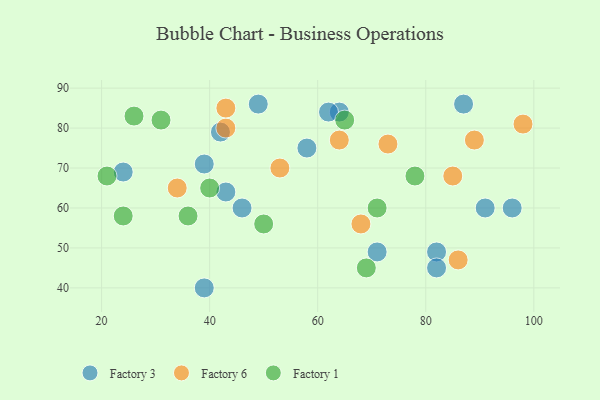
{"axis": {"x": "GDP", "y": "Life Expectancy"}, "legend": ["Factory 1", "Factory 3", "Factory 6"], "data": [{"x": "64", "y": 84, "type": "Factory 3"}, {"x": "82", "y": 49, "type": "Factory 3"}, {"x": "96", "y": 60, "type": "Factory 3"}, {"x": "42", "y": 79, "type": "Factory 3"}, {"x": "71", "y": 49, "type": "Factory 3"}, {"x": "82", "y": 45, "type": "Factory 3"}, {"x": "58", "y": 75, "type": "Factory 3"}, {"x": "91", "y": 60, "type": "Factory 3"}, {"x": "46", "y": 60, "type": "Factory 3"}, {"x": "43", "y": 64, "type": "Factory 3"}, {"x": "87", "y": 86, "type": "Factory 3"}, {"x": "49", "y": 86, "type": "Factory 3"}, {"x": "39", "y": 40, "type": "Factory 3"}, {"x": "62", "y": 84, "type": "Factory 3"}, {"x": "24", "y": 69, "type": "Factory 3"}, {"x": "39", "y": 71, "type": "Factory 3"}, {"x": "98", "y": 81, "type": "Factory 6"}, {"x": "34", "y": 65, "type": "Factory 6"}, {"x": "43", "y": 80, "type": "Factory 6"}, {"x": "86", "y": 47, "type": "Factory 6"}, {"x": "89", "y": 77, "type": "Factory 6"}, {"x": "64", "y": 77, "type": "Factory 6"}, {"x": "53", "y": 70, "type": "Factory 6"}, {"x": "43", "y": 85, "type": "Factory 6"}, {"x": "68", "y": 56, "type": "Factory 6"}, {"x": "85", "y": 68, "type": "Factory 6"}, {"x": "73", "y": 76, "type": "Factory 6"}, {"x": "78", "y": 68, "type": "Factory 1"}, {"x": "69", "y": 45, "type": "Factory 1"}, {"x": "24", "y": 58, "type": "Factory 1"}, {"x": "50", "y": 56, "type": "Factory 1"}, {"x": "31", "y": 82, "type": "Factory 1"}, {"x": "40", "y": 65, "type": "Factory 1"}, {"x": "65", "y": 82, "type": "Factory 1"}, {"x": "71", "y": 60, "type": "Factory 1"}, {"x": "26", "y": 83, "type": "Factory 1"}, {"x": "21", "y": 68, "type": "Factory 1"}, {"x": "36", "y": 58, "type": "Factory 1"}]}